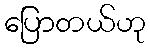
ပြောတယ်ဟု